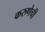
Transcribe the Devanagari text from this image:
करुणेची